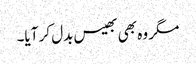
مگر وہ بھی بھیس بدل کر آیا۔